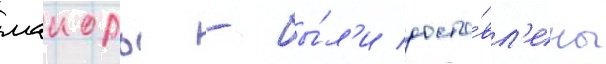
маиоры - бы́л'и доста́вл'ены